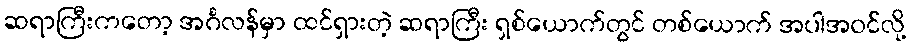
ဆရာကြီးကတော့ အင်္ဂလန်မှာ ထင်ရှားတဲ့ ဆရာကြီး ရှစ်ယောက်တွင် တစ်ယောက် အပါအဝင်လို့